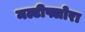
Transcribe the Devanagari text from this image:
मल्टीफ्लोरा